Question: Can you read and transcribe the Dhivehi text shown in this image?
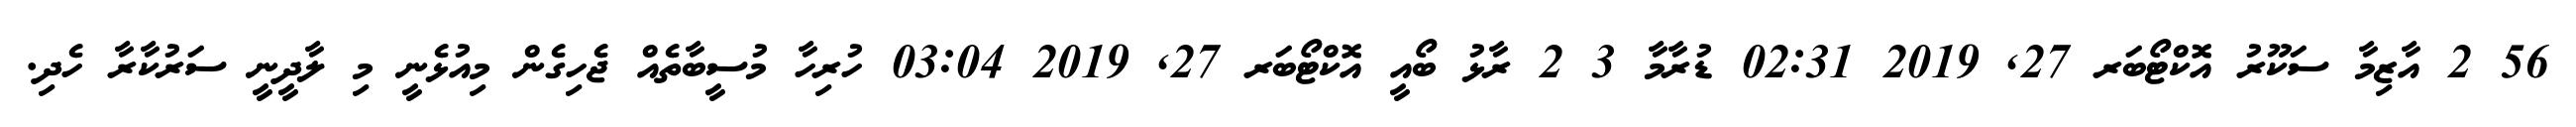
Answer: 56 2 އާޒިމާ ސަކޫރު އޮކްޓޯބަރ 27, 2019 02:31 ޑުރާމާ 3 2 ރާޅު ބޯއީ އޮކްޓޯބަރ 27, 2019 03:04 ހުރިހާ މުސީބާތެއް ޖެހިގެން މިއުޅެނީ މި ލާދީނީ ސަރުކާރާ ހެދި.